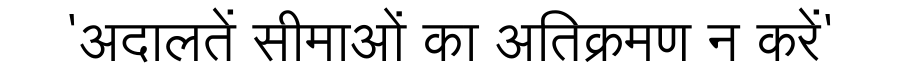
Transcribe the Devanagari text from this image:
'अदालतें सीमाओं का अतिक्रमण न करें'